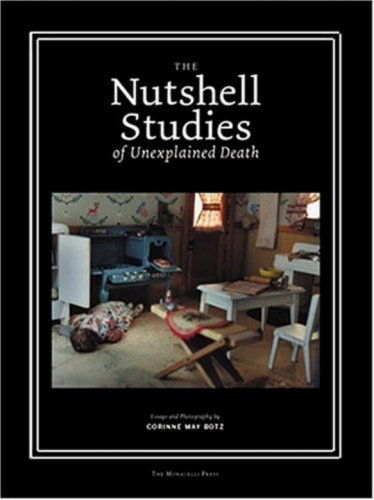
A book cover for The Nutshell Studies of Unexplained Death; Corinne May Botz; Law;